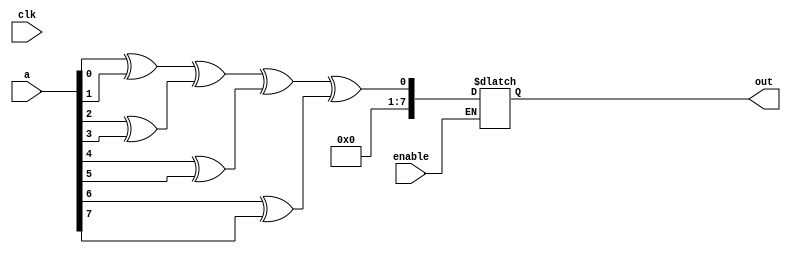
module Parity_8bit(
	input clk,
	input enable,
	input [7:0] a,
	output reg[7:0] out
);

reg [7:0] t1,t2,t3,t4;

always @(clk or a) begin
	if(enable == 1'b1) begin
		t1 = a[0]^a[1];
		t2 = a[2]^a[3];
		t3 = a[4]^a[5];
		t4 = a[6]^a[7];
	
		out = t1 ^ t2 ^ t3 ^ t4;
	end
	
end

endmodule